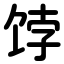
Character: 饽